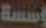
ؤسسة